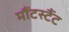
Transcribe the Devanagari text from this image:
मौंटस्टैंट